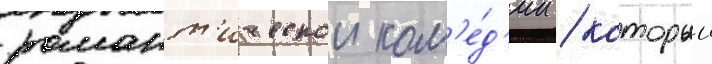
романт'ическои ком'е́д'ии / которыи